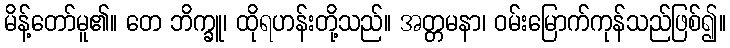
မိန့်တော်မူ၏။ တေ ဘိက္ခူ၊ ထိုရဟန်းတို့သည်။ အတ္တမနာ၊ ဝမ်းမြောက်ကုန်သည်ဖြစ်၍။